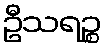
ဦသရဉ္စ